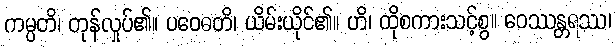
ကမ္ပတိ၊ တုန်လှုပ်၏။ ပဝေဓတိ၊ ယိမ်းယိုင်၏။ ဟိ၊ ထိုစကားသင့်စွ။ ဝေဿန္တရဿ၊